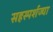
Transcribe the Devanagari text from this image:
सहस्पर्शज्या